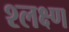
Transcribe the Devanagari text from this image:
श्लक्ष्ण